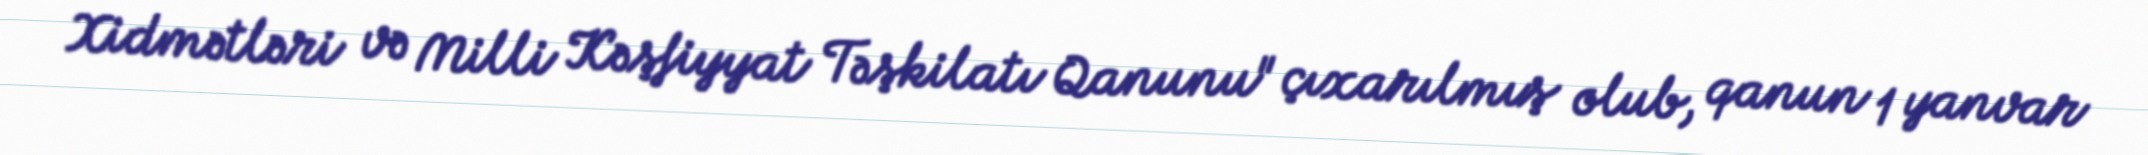
Xidmətləri və Milli Kəşfiyyat Təşkilatı Qanunu" çıxarılmış olub, qanun 1 yanvar